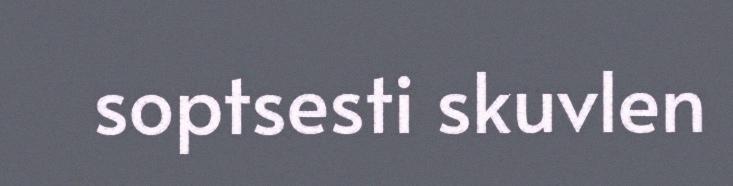
soptsesti skuvlen